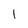
Character: 1